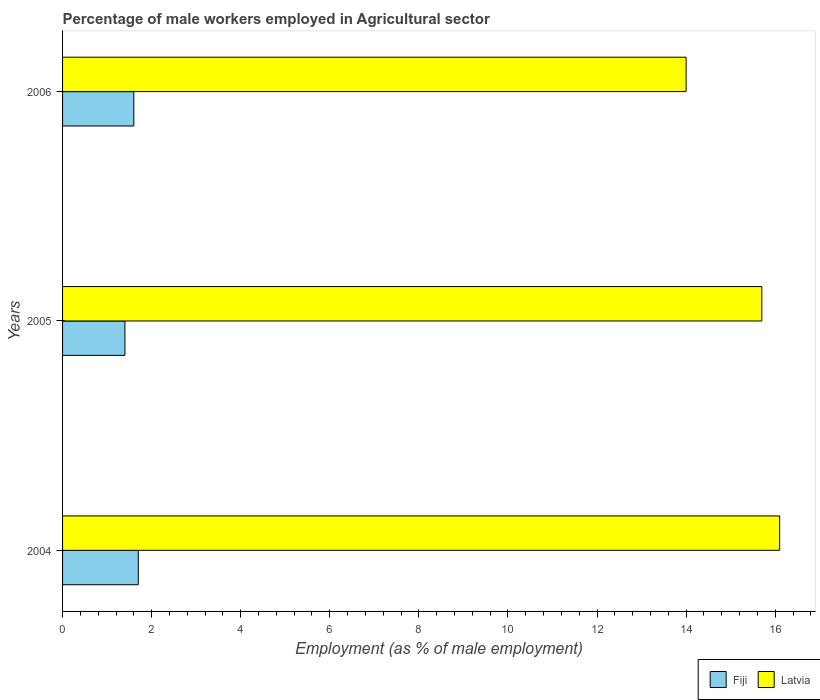
| Years | Fiji | Latvia |
 | --- | --- | --- |
 | 2004 | 1.7 | 16.1 |
 | 2005 | 1.4 | 15.7 |
 | 2006 | 1.6 | 14 |